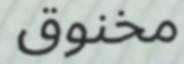
مخنوق